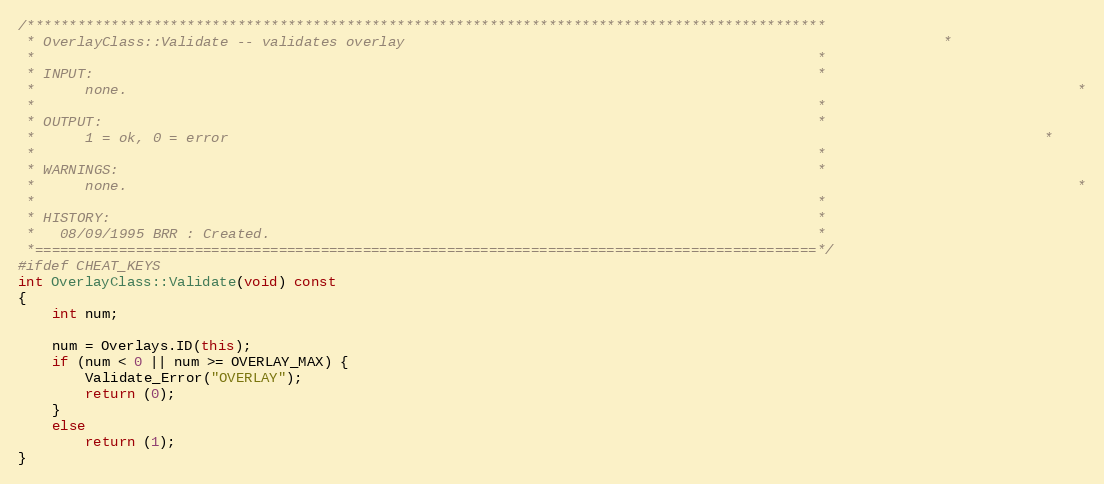
Language: C++
/***********************************************************************************************
 * OverlayClass::Validate -- validates overlay																  *
 *                                                                                             *
 * INPUT:                                                                                      *
 *		none.																												  *
 *                                                                                             *
 * OUTPUT:                                                                                     *
 *		1 = ok, 0 = error																								  *
 *                                                                                             *
 * WARNINGS:                                                                                   *
 *		none.																												  *
 *                                                                                             *
 * HISTORY:                                                                                    *
 *   08/09/1995 BRR : Created.                                                                 *
 *=============================================================================================*/
#ifdef CHEAT_KEYS
int OverlayClass::Validate(void) const
{
	int num;

	num = Overlays.ID(this);
	if (num < 0 || num >= OVERLAY_MAX) {
		Validate_Error("OVERLAY");
		return (0);
	}
	else
		return (1);
}